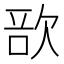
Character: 𣣂